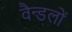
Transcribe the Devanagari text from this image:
वैन्डलों